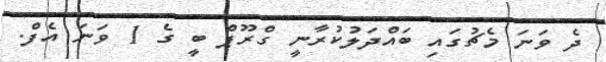
ދެ ވަނަ މެޗުގައި ބައްދަލުކުރާނީ ގްރޫޕް ބީ ގެ 1 ވަނަ އެފް.